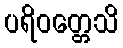
ပရိဝတ္တေသိ